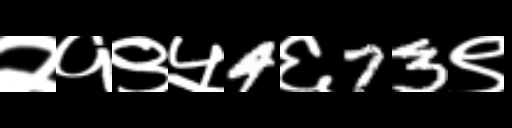
Text: २१९५4६73९